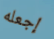
إجعله